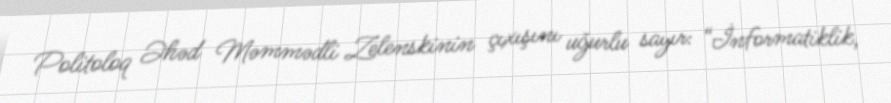
Politoloq Əhəd Məmmədli Zelenskinin çıxışını uğurlu sayır: “İnformatiklik,